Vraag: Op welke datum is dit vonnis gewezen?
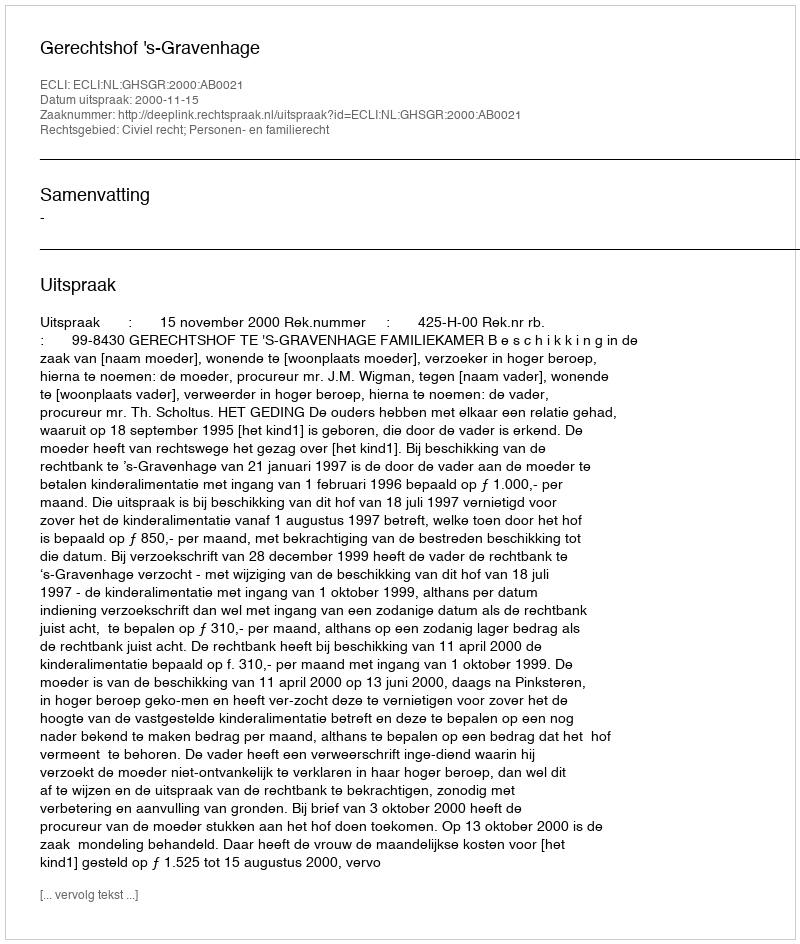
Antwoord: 2000-11-15